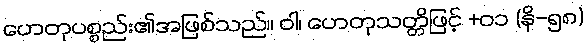
ဟေတုပစ္စည်း၏အဖြစ်သည်။ ဝါ၊ ဟေတုသတ္တိဖြင့် +၀၁ (နိ-၅၈)